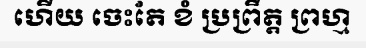
ហើយ ចេះតែ ខំ ប្រព្រឹត្ត ព្រហ្ម